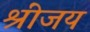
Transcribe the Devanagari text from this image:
श्रींजय